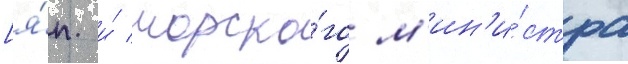
[я́п. и́ морско́го м'ин'и́стра